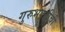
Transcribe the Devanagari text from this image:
गुरुभक्तीची